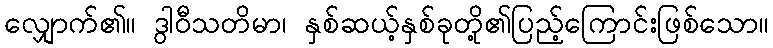
လျှောက်၏။ ဒွါဝီသတိမာ၊ နှစ်ဆယ့်နှစ်ခုတို့၏ပြည့်ကြောင်းဖြစ်သော။